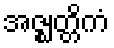
အဇ္ဈတ္တိကံ